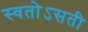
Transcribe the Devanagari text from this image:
स्वतोऽसती